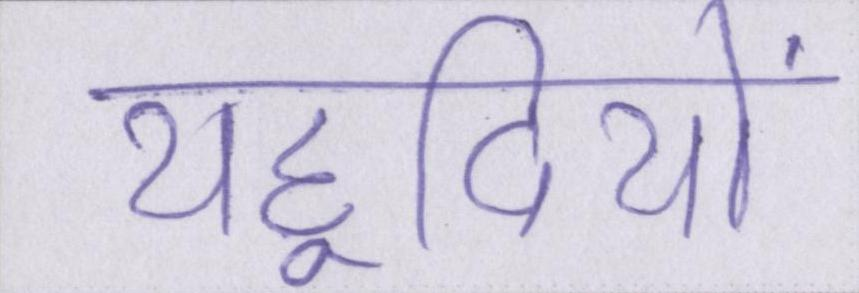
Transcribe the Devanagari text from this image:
यहूदियों